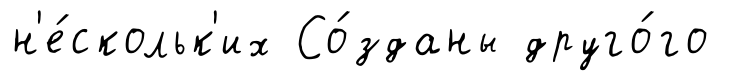
н'е́скольк'их Со́зданы друго́го